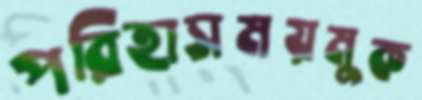
পরিহাসময়মুক